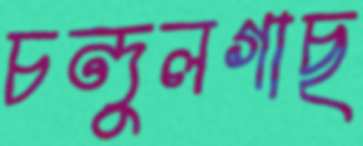
চন্দুলগাছ